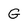
Character: G